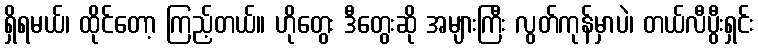
ရှိရမယ်၊ ထိုင်တော့ ကြည့်တယ်။ ဟိုတွေး ဒီတွေးဆို အများကြီး လွတ်ကုန်မှာပဲ၊ တယ်လီပွီးရှင်း